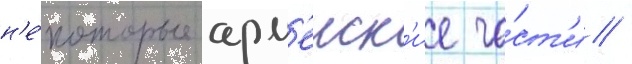
н'е́которые арм'еиск'ие ча́ст'и /